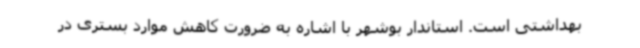
بهداشتی است. استاندار بوشهر با اشاره به ضرورت کاهش موارد بستری در